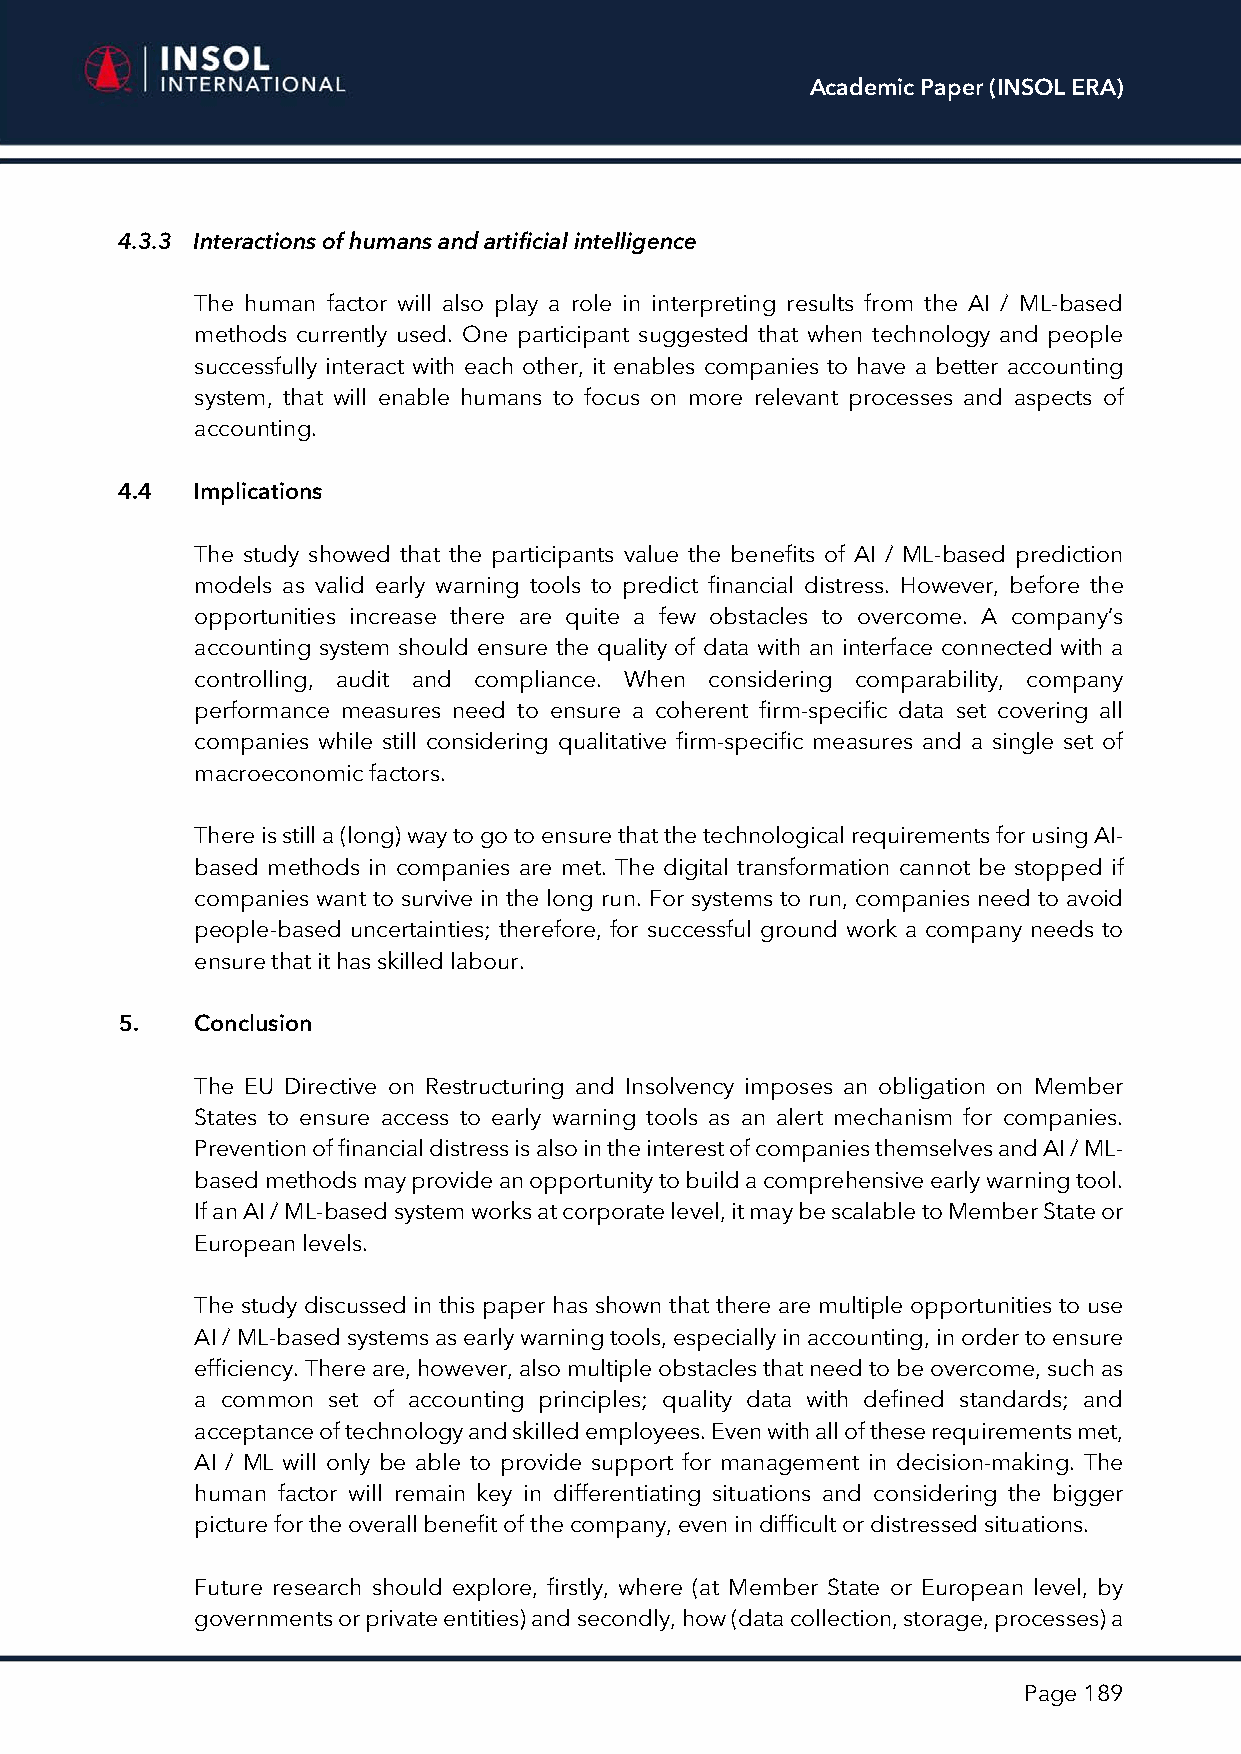
Academic Paper (INSOL ERA)
 4.3.3 Interactions of humans and artificial intelligence
 The human factor will also play a role in interpreting results from the AI / ML-based
 methods currently used. One participant suggested that when technology and people
 successfully interact with each other, it enables companies to have a better accounting
 system, that will enable humans to focus on more relevant processes and aspects of
 accounting.
 4.4  Implications
 The study showed that the participants value the benefits of AI / ML-based prediction
 models as valid early warning tools to predict financial distress. However, before the
 opportunities increase there are quite a few obstacles to overcome. A company’s
 accounting system should ensure the quality of data with an interface connected with a
 controlling, audit and compliance. When considering comparability, company
 performance measures need to ensure a coherent firm-specific data set covering all
 companies while still considering qualitative firm-specific measures and a single set of
 macroeconomic factors.
 There is still a (long) way to go to ensure that the technological requirements for using AI-
 based methods in companies are met. The digital transformation cannot be stopped if
 companies want to survive in the long run. For systems to run, companies need to avoid
 people-based uncertainties; therefore, for successful ground work a company needs to
 ensure that it has skilled labour.
 5.   Conclusion
 The EU Directive on Restructuring and Insolvency imposes an obligation on Member
 States to ensure access to early warning tools as an alert mechanism for companies.
 Prevention of financial distress is also in the interest of companies themselves and AI / ML-
 based methods may provide an opportunity to build a comprehensive early warning tool.
 If an AI / ML-based system works at corporate level, it may be scalable to Member State or
 European levels.
 The study discussed in this paper has shown that there are multiple opportunities to use
 AI / ML-based systems as early warning tools, especially in accounting, in order to ensure
 efficiency. There are, however, also multiple obstacles that need to be overcome, such as
 a common set of accounting principles; quality data with defined standards; and
 acceptance of technology and skilled employees. Even with all of these requirements met,
 AI / ML will only be able to provide support for management in decision-making. The
 human factor will remain key in differentiating situations and considering the bigger
 picture for the overall benefit of the company, even in difficult or distressed situations.
 Future research should explore, firstly, where (at Member State or European level, by
 governments or private entities) and secondly, how (data collection, storage, processes) a
 Page 189